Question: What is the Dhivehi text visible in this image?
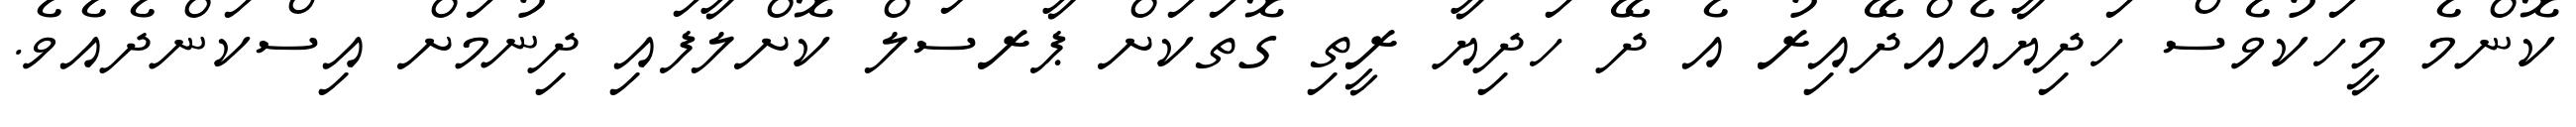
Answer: ކޮންމެ މީހަކުވެސް ހަދިޔާއެއްދޭއިރު އެ ދޭ ހަދިޔާ ރީތި ގޮތަކަށް ޕާރސަލް ކޮށްލާފައި ދިނުމަށް އިސްކަންދެއެވެ.